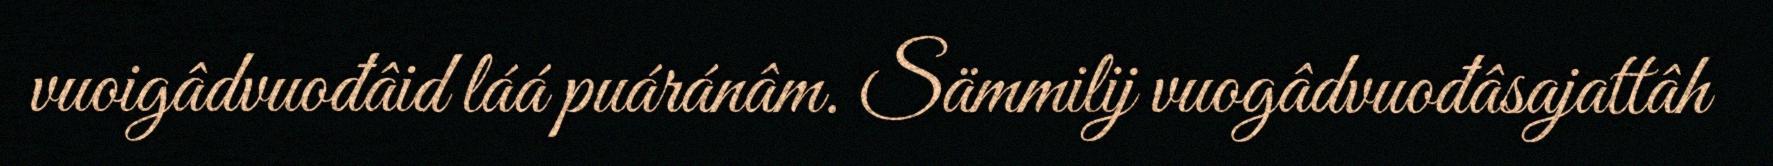
vuoigâdvuođâid láá puáránâm. Sämmilij vuogâdvuođâsajattâh